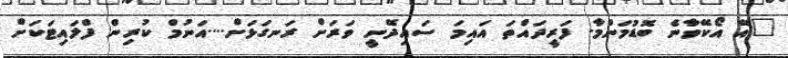
"އޭ އޯކޭވާނެ ބޮޑުމަންމާ. ފަރީދައްތަ އައިމަ ސައިދޭނީ ވަރަށް ރަނގަޅަށް....އަނުމް ކުރިން ފްލައިޓަކަށް